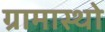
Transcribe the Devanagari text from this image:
ग्रामास्थो